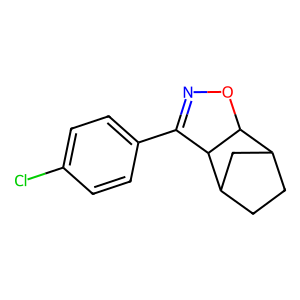
SMILES: Clc1ccc(C2=NOC3C4CCC(C4)C23)cc1
Inhibits HIV replication: No